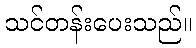
သင်တန်းပေးသည်။